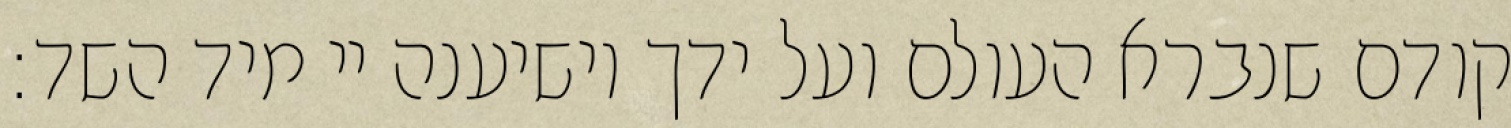
קודם שנברא העולם ועל ידך יושיענה יי מיד השד: